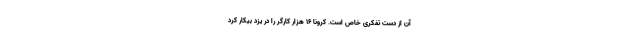
آن از دست تفکری خاص است. کرونا ۱۶ هزار کارگر را در یزد بیکار کرد